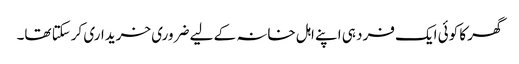
گھر کا کوئی ایک فرد ہی اپنے اہل خانہ کے لیے ضروری خریداری کرسکتا تھا۔